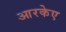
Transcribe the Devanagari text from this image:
आरकेए